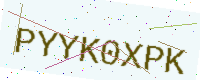
Text: PYYK0XPK